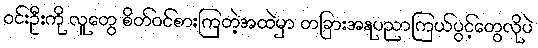
ဝင်းဦးကို လူတွေ စိတ်ဝင်စားကြတဲ့အထဲမှာ တခြားအနုပညာကြယ်ပွင့်တွေလိုပဲ